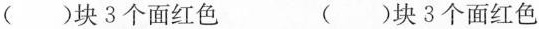
()块3个面红色()块3个面红色